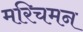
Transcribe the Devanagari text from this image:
मरिचमन